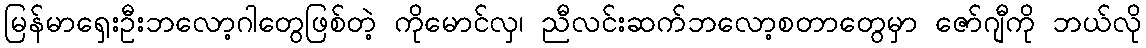
မြန်မာရှေးဦးဘလော့ဂါတွေဖြစ်တဲ့ ကိုမောင်လှ၊ ညီလင်းဆက်ဘလော့စတာတွေမှာ ဇော်ဂျီကို ဘယ်လို